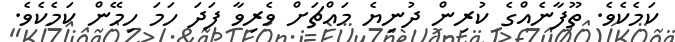
ކަމެކެވެ. ތޫފާނެއްގެ ކުރިން ދުނިޔެ މައްޗަށް ވެރިވާ ފަދަ ހަމަ ހިމޭން ކަމެކެވެ.